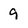
Character: 9